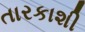
તારકાશી